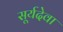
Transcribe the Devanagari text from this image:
सूर्यदेवा